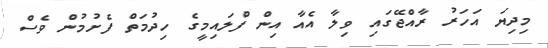
މިދިޔަ އަހަރު ރާއްޖޭގައި ވިލާ އެއާ އިން ފްލައިމީގެ ހިދުމަތް ފެށުމުން ވެސް